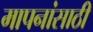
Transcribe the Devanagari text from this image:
मापनांसाठी